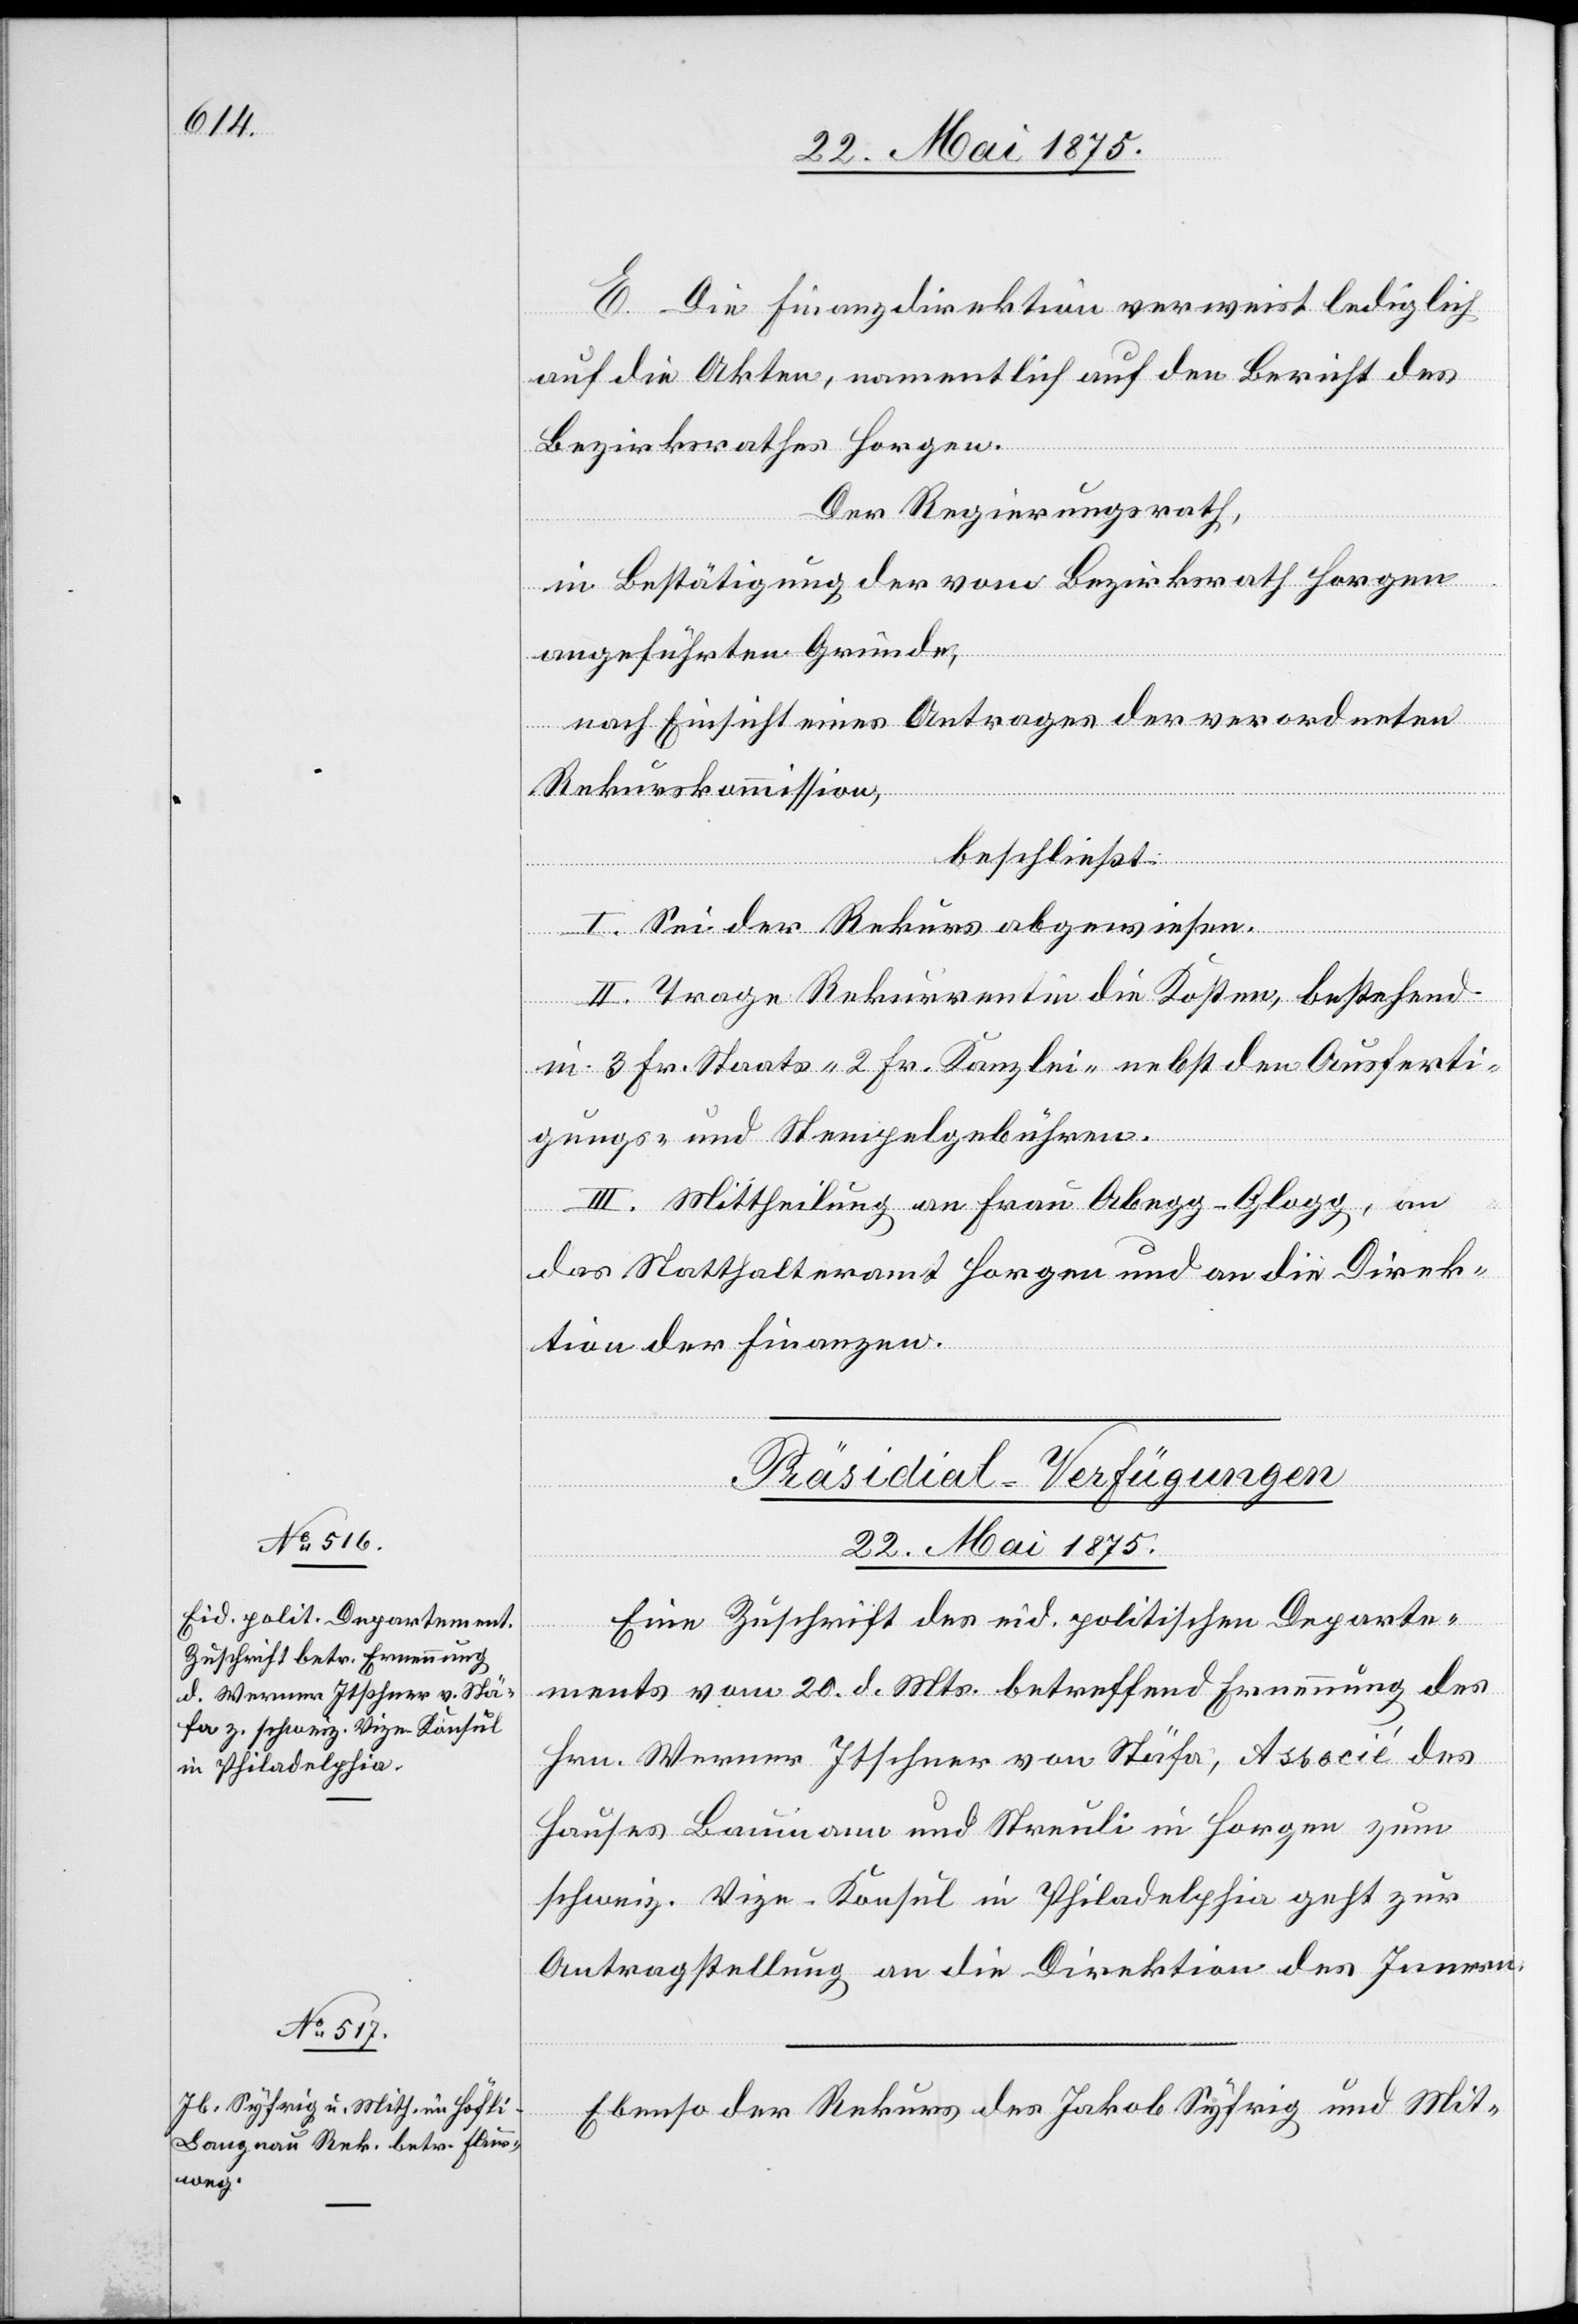
E. Die Finanzdirektion verweist lediglich
auf die Akten, namentlich auf den Bericht des
Bezirksrathes Horgen.
Der Regierungsrath,
in Bestätigung der vom Bezirksrath Horgen
ausgeführten Gründe,
nach Einsicht eines Antrages der verordneten
Rekurskommission,
beschließt:
I. Sei der Rekurs abgewiesen.
II. Trage Rekurrentin die Kosten, bestehend
in 3 Fr. Staats- 2 Fr. Kanzlei- nebst den Ausferti¬
gungs- und Stempelgebühren.
III. Mittheilung an Frau Abegg-Glogg, an
das Statthalteramt Horgen und an die Direk¬
tion der Finanzen.
[Präsidial-Verfügungen
22. Mai 1875.]
Eine Zuschrift des eid. politischen Departe¬
ments vom 20. d. Mts. betreffend Ernennung des
Hrn. Werner Itschner von Stäfa, Associé des
Hauses Baumann und Streuli in Horgen zum
schweiz. Vize-Konsul in Philadelphia geht zur
Antragstellung an die Direktion des Innern.
Ebenso der Rekurs des Jakob Syfrig und Mit-